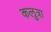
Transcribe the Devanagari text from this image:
कलुत्रा